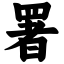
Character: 署